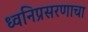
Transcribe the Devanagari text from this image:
ध्वनिप्रसरणाचा